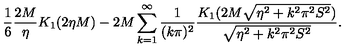
\frac { 1 } { 6 } \frac { 2 M } { \eta } K _ { 1 } ( 2 \eta M ) - 2 M \sum _ { k = 1 } ^ { \infty } \frac { 1 } { ( k \pi ) ^ { 2 } } \frac { K _ { 1 } ( 2 M \sqrt { \eta ^ { 2 } + k ^ { 2 } \pi ^ { 2 } S ^ { 2 } } ) } { \sqrt { \eta ^ { 2 } + k ^ { 2 } \pi ^ { 2 } S ^ { 2 } } } .